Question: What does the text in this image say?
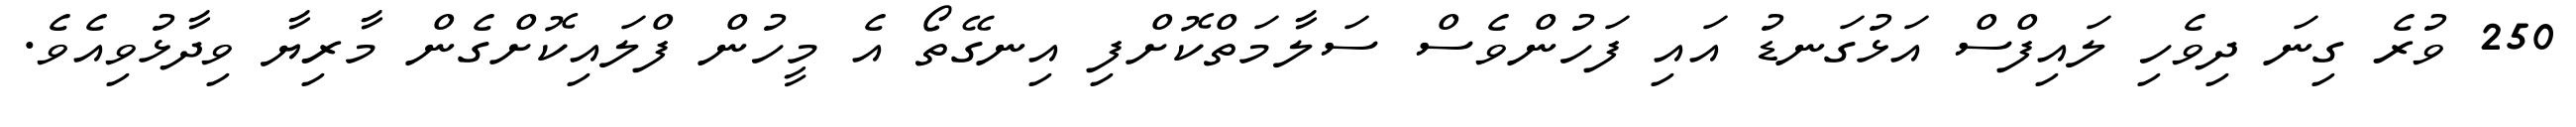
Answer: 250 ވުރެ ގިނަ ދިވެހި ލައިފްސް އަޅުގަނޑު އައި ފަހުންވެސް ސަލާމަތްކޮށްފި އިނގޭތޯ އެ މީހުން ފްލައިކޮށްގެން މާރިޔާ ވިދާޅުވިއެވެ.